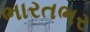
ભારતભર